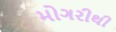
મોગરીથી